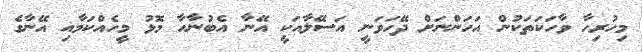
މިހުރިހާ ވާހަކަތަކުން އަހަންނަށް ދޭހަވަނީ އަސޭލާއަކީ އޭނާ އެބުނާހާ މޮޅު މީހެއްކަމާއި އޭނާގެ